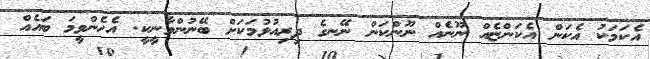
އެކަމަކު އެކަން އެކަންޏެއް ނޫނެއް ނޫންކަން ނޭނގެ ދިރިއުޅުމަކަށް ބޭނުންވާނީކީ. އެހެންވީމަ ބައެއް